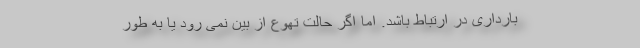
بارداری در ارتباط باشد. اما اگر حالت تهوع از بین نمی رود یا به طور